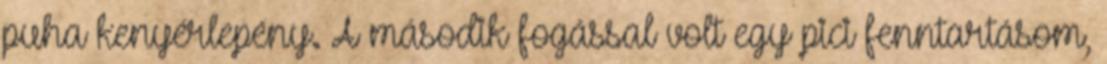
puha kenyérlepény. A második fogással volt egy pici fenntartásom,